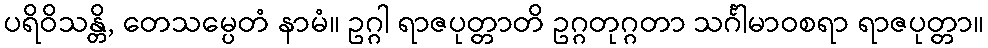
ပရိဝိသန္တိ, တေသမ္ပေတံ နာမံ။ ဥဂ္ဂါ ရာဇပုတ္တာတိ ဥဂ္ဂတုဂ္ဂတာ သင်္ဂါမာဝစရာ ရာဇပုတ္တာ။